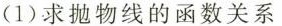
(1)求抛物线的函数关系